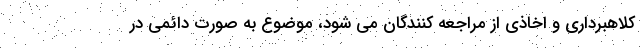
کلاهبرداری و اخاذی از مراجعه کنندگان می شود، موضوع به صورت دائمی در